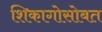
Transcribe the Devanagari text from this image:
शिकागोसोबत